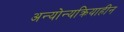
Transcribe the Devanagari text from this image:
अन्योन्यक्रियाहीन